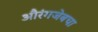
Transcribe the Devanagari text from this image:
औरंगजेबचा